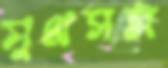
সুপ্রসন্ন